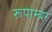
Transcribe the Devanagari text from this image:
रूपाम्बर